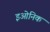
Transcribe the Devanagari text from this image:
इओनिक